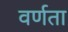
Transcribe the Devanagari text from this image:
वर्णता